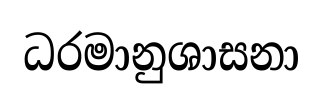
ධරමානුශාසනා